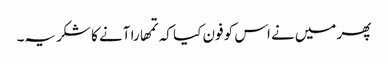
پھر میں‌نے اس کو فون کیا کہ تمھارا آنے کا شکریہ۔